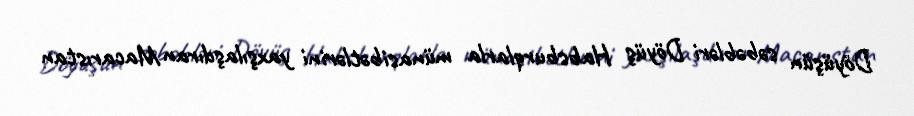
Döyüşün səbəbləri Döyüş Habsburqlarla münasibətlərini yaxşılaşdıran Macarıstan